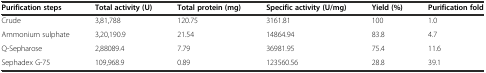
<table><thead><tr><td><b>Purification steps</b></td><td><b>Total activity (U)</b></td><td><b>Total protein (mg)</b></td><td><b>Specific activity (U/mg)</b></td><td><b>Yield (%)</b></td><td><b>Purification fold</b></td></tr></thead><tbody><tr><td>Crude</td><td>3,81,788</td><td>120.75</td><td>3161.81</td><td>100</td><td>1.0</td></tr><tr><td>Ammonium sulphate</td><td>3,20,190.9</td><td>21.54</td><td>14864.94</td><td>83.8</td><td>4.7</td></tr><tr><td>Q-Sepharose</td><td>2,88089.4</td><td>7.79</td><td>36981.95</td><td>75.4</td><td>11.6</td></tr><tr><td>Sephadex G-75</td><td>109,968.9</td><td>0.89</td><td>123560.56</td><td>28.8</td><td>39.1</td></tr></tbody></table>